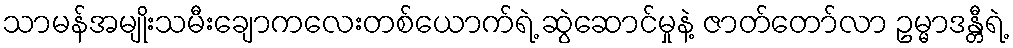
သာမန်အမျိုးသမီးချောကလေးတစ်ယောက်ရဲ့ ဆွဲဆောင်မှုနဲ့ ဇာတ်တော်လာ ဥမ္မာဒန္တီရဲ့